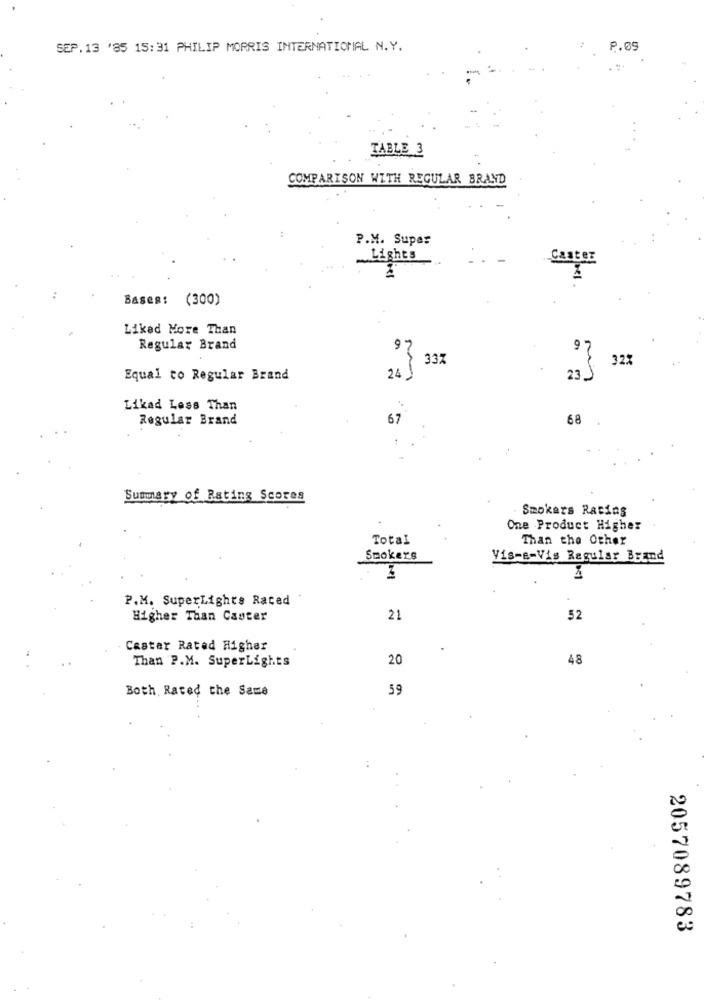
SEP. 13 '85 15:31 PHILIP MORRIS INTERNATIONAL N.Y.
P.05
TABLE 3
COMPARISON WITH REGULAR BRAND
P.M. Super
.Lights
Bases: (300)
Liked More Than
Regular Brand
97
"} 332
{ 323
Equal to Regular Brand
24 1
23 J
Likad Less Than
Regular Brand
67
68
Summary of Rating Scores
Smokers Rating
One Product Higher
Total
Than the Other
Smokers
Vis-a-Vis Regular Brand
P.M. SuperLights Raced
Higher Than Caster
21
52
Cestar Rated Higher
20
48
Than P.M. SuperLights
Both, Rated the Same
59
2057089783